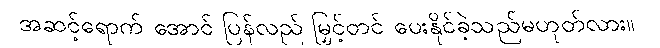
အဆင့်ရောက် အောင် ပြန်လည် မြှင့်တင် ပေးနိုင်ခဲ့သည်မဟုတ်လား။